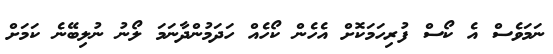
ނަމަވެސް އެ ކޯސް ފުރިހަމަކޮށް އެހެން ކޯހެއް ހަދަމުންދާނަމަ ލޯނު ނުލިބޭނެ ކަމަށް